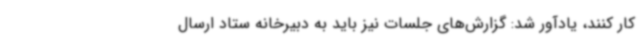
کار کنند، یادآور شد: گزارش‌های جلسات نیز باید به دبیرخانه ستاد ارسال